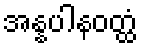
အန္နပါနဝတ္ထံ